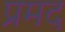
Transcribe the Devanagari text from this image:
प्रमद